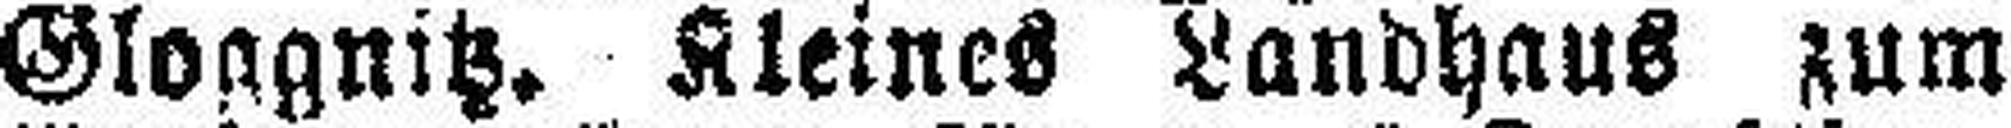
Gloggnitz. Kleines Landhaus zum